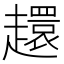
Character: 𧾎